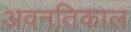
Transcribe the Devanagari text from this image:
अवनतिकाल